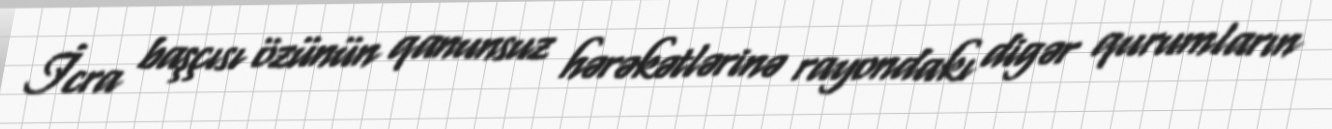
İcra başçısı özünün qanunsuz hərəkətlərinə rayondakı digər qurumların